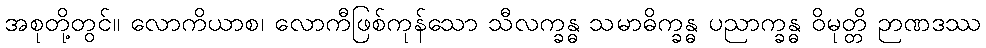
အစုတို့တွင်။ လောကိယာစ၊ လောကီဖြစ်ကုန်သော သီလက္ခန္ဓ သမာဓိက္ခန္ဓ ပညာက္ခန္ဓ ဝိမုတ္တိ ဉာဏဒဿ